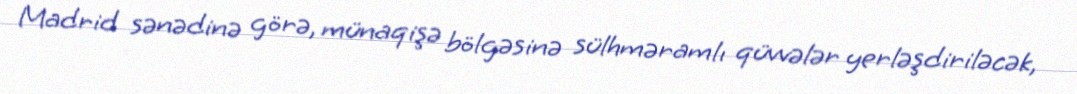
Madrid sənədinə görə, münaqişə bölgəsinə sülhməramlı qüvvələr yerləşdiriləcək,